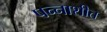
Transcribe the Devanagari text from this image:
पन्‍नाशीत